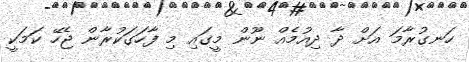
ހަނގުރާމަ އަށް ދާ ދިއުުމެއް ނޫން މީގައި މި ފާހަގަކުރާން ޖެހޭ ކަމަކީ